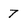
Character: 7